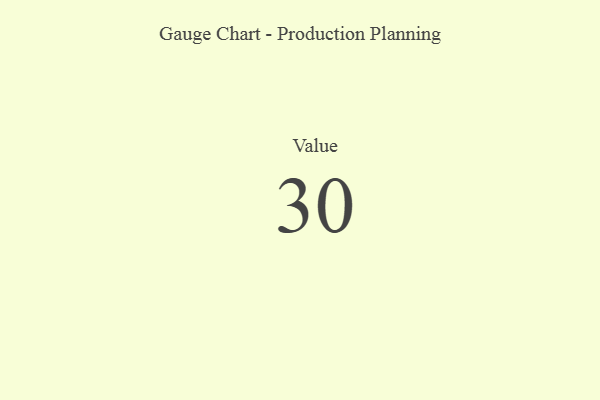
{"axis": {"x": "Metric", "y": "Value"}, "legend": [""], "data": [{"x": "Value", "y": 30, "type": ""}]}